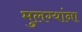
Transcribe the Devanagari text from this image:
मुलग्यांना